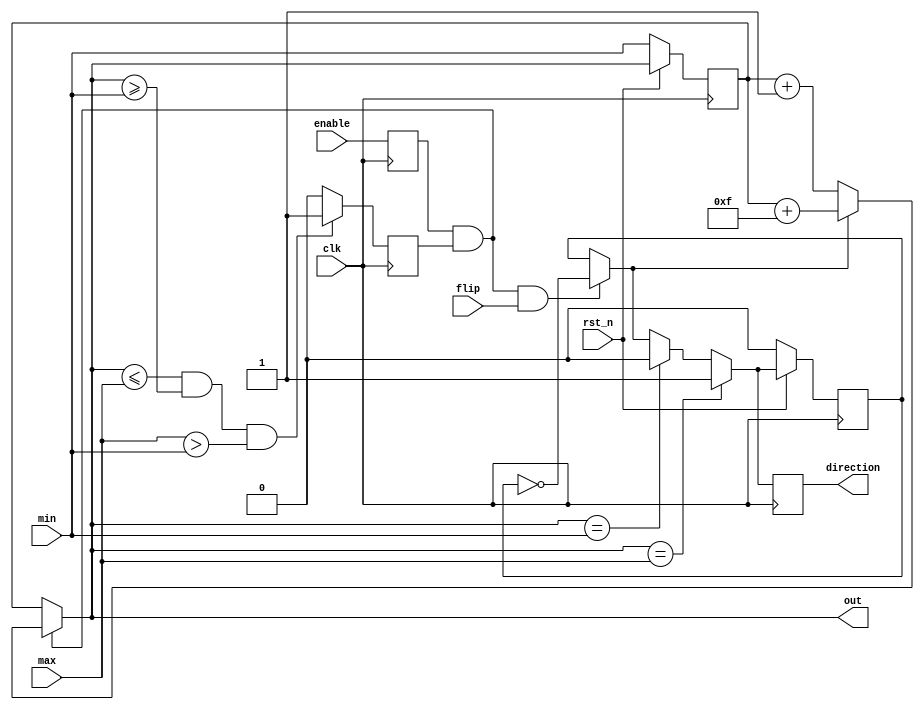
`timescale 1ns/1ps 

module Ping (clk, rst_n, enable,flip, max, min, direction, out);
input clk, rst_n;
input enable;
input flip;
input [4-1:0] max;
input [4-1:0] min;
output direction;
output [4-1:0] out;
reg [3:0] num, temp_num, new;
reg sign, temp_sign, en2, t_sign, en1;
reg next_sign;

always@(posedge clk) begin
    en1 <= enable;
end

always@(posedge clk) begin
    if(num <= max & num >= min & max > min)
        en2 = 1'b1;
    else 
        en2 = 1'b0;
end

always@(posedge clk) begin
    if(~rst_n) begin
        temp_num <= min;
    end
    else begin
        temp_num <= num; 
    end
end

always@(posedge clk) begin
    if(~rst_n) begin
        t_sign <= 1'b0;
    end
    else begin
        t_sign <= sign;
    end
end

always@* begin
    if(en1 & en2 & flip == 1'b1)
        temp_sign = ~t_sign;
    else
        temp_sign = t_sign;
end



always @* begin
    if(temp_sign == 1'b1) begin
        new = temp_num + 4'd15;
    end
    else begin
        new = temp_num + 1'b1;
    end
end

always @* begin
    if(en1 & en2 == 1'b1)
        num = new;
    else
        num = temp_num;
end


always @* begin
    if(num == max)
        sign = 1'b1;
    else if(num == min)
        sign = 1'b0;
    else
        sign = temp_sign;
end

always @(posedge clk) begin
    next_sign <= sign;
end

assign out = num;
assign direction = next_sign;

endmodule